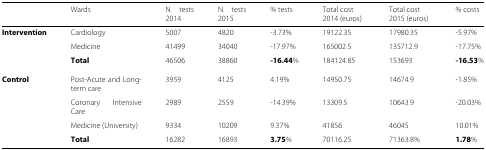
|  | Wards | N. tests 2014 | N. tests 2015 | % tests | Total cost 2014 (euros) | Total cost 2015 (euros) | % costs |
 | --- | --- | --- | --- | --- | --- | --- | --- |
 | Intervention | Cardiology | 5007 | 4820 | -3.73% | 19122.35 | 17980.35 | -5.97% |
 |  | Medicine | 41499 | 34040 | -17.97% | 165002.5 | 135712.9 | -17.75% |
 |  | Total | 46506 | 38860 | -16.44% | 184124.85 | 153693 | -16.53% |
 | Control | Post-Acute and Long-term care | 3959 | 4125 | 4.19% | 14950.75 | 14674.9 | -1.85% |
 |  | Coronary Intensive Care | 2989 | 2559 | -14.39% | 13309.5 | 10643.9 | -20.03% |
 |  | Medicine (University) | 9334 | 10209 | 9.37% | 41856 | 46045 | 10.01% |
 |  | Total | 16282 | 16893 | 3.75% | 70116.25 | 71363.8% | 1.78% |